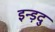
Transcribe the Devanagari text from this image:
इन्ड़दु